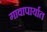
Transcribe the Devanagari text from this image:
गावापार्यात